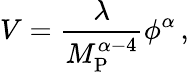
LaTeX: V=\frac{\lambda}{M_{\mathrm{P}}^{\alpha-4}}\phi^{\alpha}\, ,